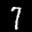
Label: 7